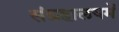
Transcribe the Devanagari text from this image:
संग्रहालयमें